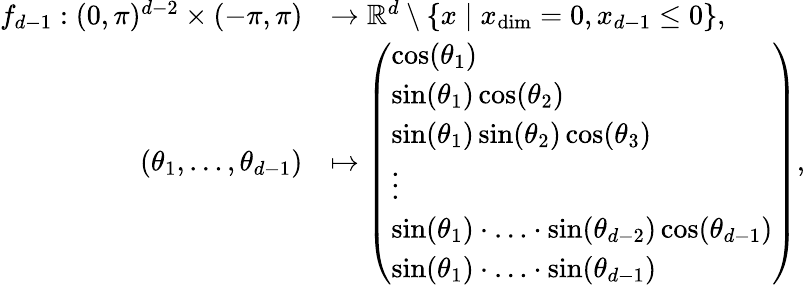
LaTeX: \begin{array}{rl}{f_{d-1}:(0,\pi)^{d-2}\times(-\pi,\pi)}&{\to\mathbb{R}^{d}\setminus\{ x\mid x_{\dim}=0,x_{d-1}\leq 0\} ,}\\ {(\theta_{1},\ldots,\theta_{d-1})}&{\mapsto\left(\begin{array}{l}{\cos(\theta_{1})}\\ {\sin(\theta_{1})\cos(\theta_{2})}\\ {\sin(\theta_{1})\sin(\theta_{2})\cos(\theta_{3})}\\ {\vdots}\\ {\sin(\theta_{1})\cdot\ldots\cdot\sin(\theta_{d-2})\cos(\theta_{d-1})}\\ {\sin(\theta_{1})\cdot\ldots\cdot\sin(\theta_{d-1})}\end{array}\right),}\end{array}